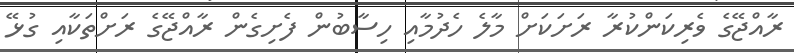
ރާއްޖޭގެ ވެރިކަންކުރާ ރަށަކަށް މާލެ ހެދުމާއި ހިސާބުން ފެށިގެން ރާއްޖޭގެ ރަށްތަކާއި ގުޅޭ